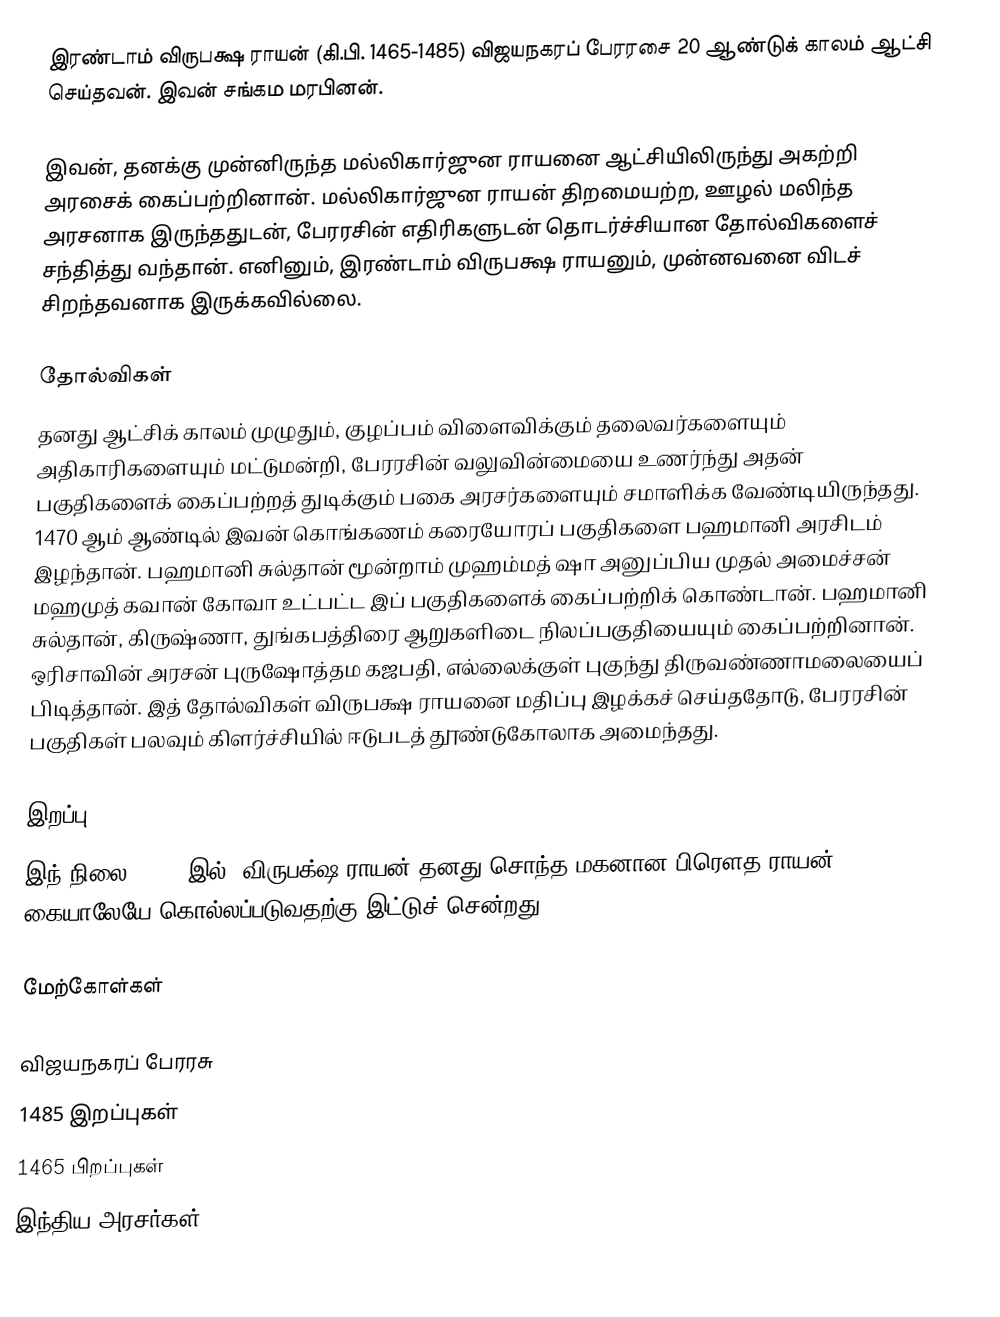
இரண்டாம் விருபக்ஷ ராயன் (கி.பி. 1465-1485) விஜயநகரப் பேரரசை 20 ஆண்டுக் காலம் ஆட்சி செய்தவன். இவன் சங்கம மரபினன்.

இவன், தனக்கு முன்னிருந்த மல்லிகார்ஜுன ராயனை ஆட்சியிலிருந்து அகற்றி அரசைக் கைப்பற்றினான். மல்லிகார்ஜுன ராயன் திறமையற்ற, ஊழல் மலிந்த அரசனாக இருந்ததுடன், பேரரசின் எதிரிகளுடன் தொடர்ச்சியான தோல்விகளைச் சந்தித்து வந்தான். எனினும், இரண்டாம் விருபக்ஷ ராயனும், முன்னவனை விடச் சிறந்தவனாக இருக்கவில்லை.

தோல்விகள்
தனது ஆட்சிக் காலம் முழுதும், குழப்பம் விளைவிக்கும் தலைவர்களையும் அதிகாரிகளையும் மட்டுமன்றி, பேரரசின் வலுவின்மையை உணர்ந்து அதன் பகுதிகளைக் கைப்பற்றத் துடிக்கும் பகை அரசர்களையும் சமாளிக்க வேண்டியிருந்தது. 1470 ஆம் ஆண்டில் இவன் கொங்கணம் கரையோரப் பகுதிகளை பஹமானி அரசிடம் இழந்தான். பஹமானி சுல்தான் மூன்றாம் முஹம்மத் ஷா அனுப்பிய முதல் அமைச்சன் மஹமுத் கவான் கோவா உட்பட்ட இப் பகுதிகளைக் கைப்பற்றிக் கொண்டான். பஹமானி சுல்தான், கிருஷ்ணா, துங்கபத்திரை ஆறுகளிடை நிலப்பகுதியையும் கைப்பற்றினான். ஒரிசாவின் அரசன் புருஷோத்தம கஜபதி, எல்லைக்குள் புகுந்து திருவண்ணாமலையைப் பிடித்தான். இத் தோல்விகள் விருபக்ஷ ராயனை மதிப்பு இழக்கச் செய்ததோடு, பேரரசின் பகுதிகள் பலவும் கிளர்ச்சியில் ஈடுபடத் தூண்டுகோலாக அமைந்தது.

இறப்பு
இந் நிலை, 1485 இல், விருபக்ஷ ராயன் தனது சொந்த மகனான பிரௌத ராயன் கையாலேயே கொல்லப்படுவதற்கு இட்டுச் சென்றது.

மேற்கோள்கள்

விஜயநகரப் பேரரசு
1485 இறப்புகள்
1465 பிறப்புகள்
 இந்திய அரசர்கள்